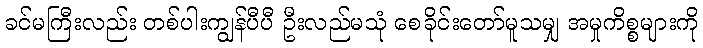
ခင်မကြီးလည်း တစ်ပါးကျွန်ပီပီ ဦးလည်မသုံ စေခိုင်းတော်မူသမျှ အမှုကိစ္စများကို